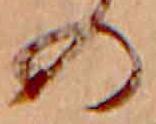
の